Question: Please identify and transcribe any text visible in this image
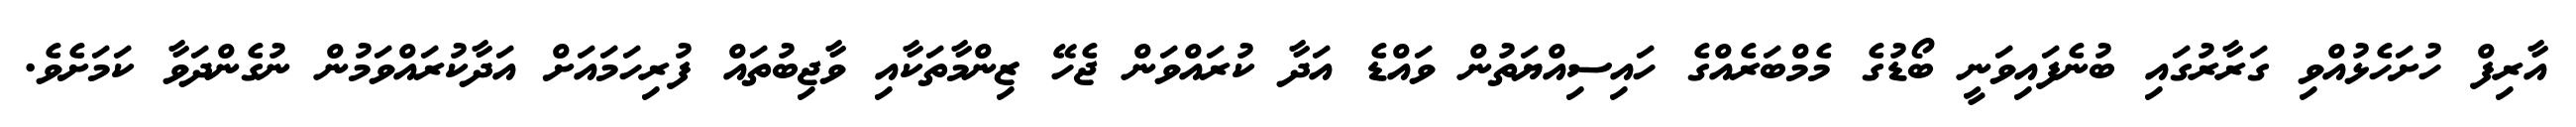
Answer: އާރިފް ހުށަހެޅުއްވި ގަރާރުގައި ބުނެފައިވަނީ ބޯޑުގެ މެމްބަރެއްގެ ހައިސިއްޔަތުން ވައްޑެ އަދާ ކުރައްވަން ޖެހޭ ޒިންމާތަކާއި ވާޖިބުތައް ފުރިހަމައަށް އަދާކުރައްވަމުން ނުގެންދަވާ ކަމަށެވެ.